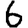
Digit: 6